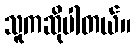
သူကဆိုပါတယ်။